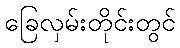
ခြေလှမ်းတိုင်းတွင်